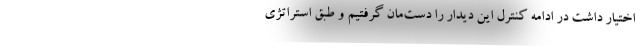
اختیار داشت در ادامه کنترل این دیدار را دست‌مان گرفتیم و طبق استراتژی